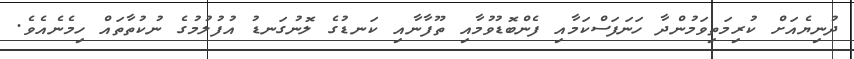
ދުނިޔެއަށް ކުރިމަތިވަމުންދާ ހަނަފަސްކަމާއި ފެންބޮޑުވުމާއި ތޫފާނާއި ކަނޑުގެ ލޮނުގަނޑު އުފުލުމުގެ ނުކުތާތައް ހިމެނެއެވެ.